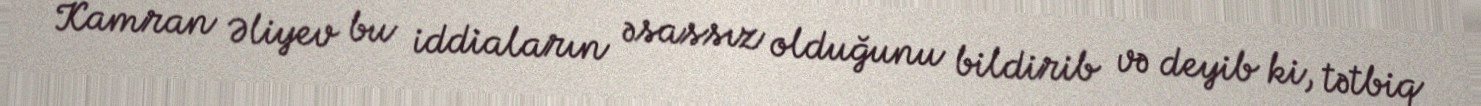
Kamran Əliyev bu iddiaların əsassız olduğunu bildirib və deyib ki, tətbiq